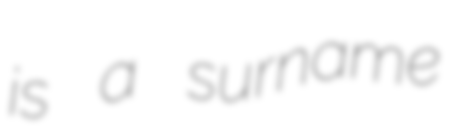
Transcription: is a surname